Scientific memoirs by medical officers of the Army of India - Part X,
Year: 1897
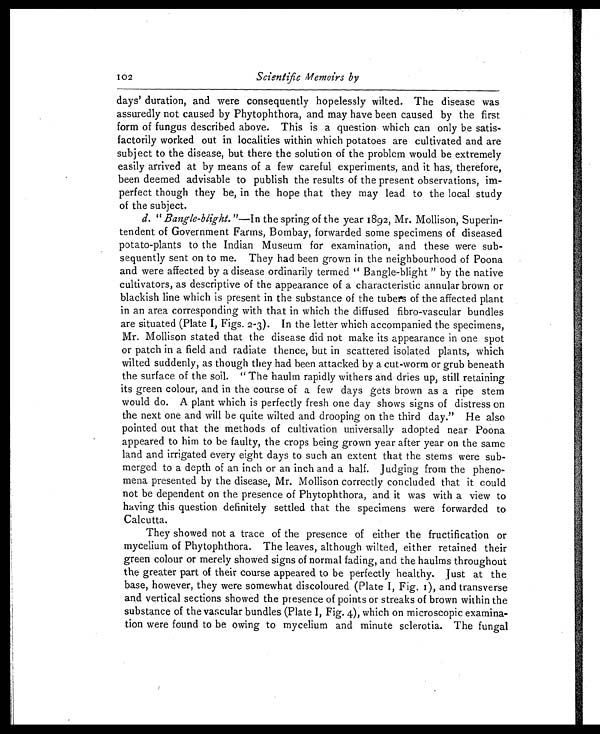
102
Scientific Memoirs by
days' duration, and were consequently hopelessly wilted. The disease was
assuredly not caused by Phytophthora, and may have been caused by the first
form of fungus described above. This is a question which can only be satis
-
factorily worked out in localities within which potatoes are cultivated and are
subject to the disease, but there the solution of the problem would be extremely
easily arrived at by means of a few careful experiments, and it has, therefore,
been deemed advisable to publish the results of the present observations, im
-
perfect though they be, in the hope that they may lead to the local study
of the subject.
d. " Bangle-blight. "—In the spring of the year 1892, Mr. Mollison, Superin
-
tendent of Government Farms, Bombay, forwarded some specimens of diseased
potato-plants to the Indian Museum for examination, and these were sub
-
sequently sent on to me. They had been grown in the neighbourhood of Poona
and were affected by a disease ordinarily termed " Bangle-blight " by the native
cultivators, as descriptive of the appearance of a characteristic annular brown or
blackish line which is present in the substance of the tubers of the affected plant
in an area corresponding with that in which the diffused fibro-vascular bundles
are situated (Plate I, Figs. 2-3). In the letter which accompanied the specimens,
Mr. Mollison stated that the disease did not make its appearance in one spot
or patch in a field and radiate thence, but in scattered isolated plants, which
wilted suddenly, as though they had been attacked by a cut-worm or grub beneath
the surface of the soil. " The haulm rapidly withers and dries up, still retaining
its green colour, and in the course of a few days gets brown as a ripe stem
would do. A plant which is perfectly fresh one day shows signs of distress on
the next one and will be quite wilted and drooping on the third day." He also
pointed out that the methods of cultivation universally adopted near Poona
appeared to him to be faulty, the crops being grown year after year on the same
land and irrigated every eight days to such an extent that the stems were sub
-
merged to a depth of an inch or an inch and a half. Judging from the pheno
-
mena presented by the disease, Mr. Mollison correctly concluded that it could
not be dependent on the presence of Phytophthora, and it was with a view to
having this question definitely settled that the specimens were forwarded to
Calcutta.
They showed not a trace of the presence of either the fructification or
mycelium of Phytophthora. The leaves, although wilted, either retained their
green colour or merely showed signs of normal fading, and the haulms throughout
the greater part of their course appeared to be perfectly healthy. Just at the
base, however, they were somewhat discoloured (Plate I, Fig, 1), and transverse
and vertical sections showed the presence of points or streaks of brown within the
substance of the vacu1ar bundles (Plate I, Fig. 4), which on microscopic examina
-
tion were found to be owing to mycelium and minute sclerotia. The fungal